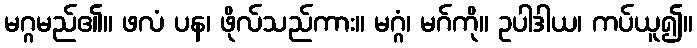
မဂ္ဂမည်၏။ ဖလံ ပန၊ ဖိုလ်သည်ကား။ မဂ္ဂံ၊ မဂ်ကို။ ဥပါဒါယ၊ ကပ်ယူ၍။